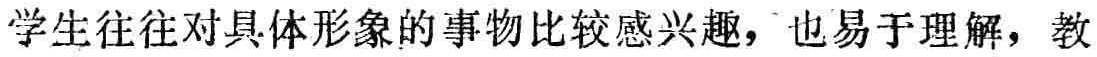
学生往往对具体形象的事物比较感兴趣，也易于理解，教